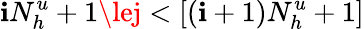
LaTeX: \mathbf{i}N_{h}^{u}+1\lej<[(\mathbf{i}+1)N_{h}^{u}+1]